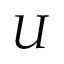
U